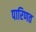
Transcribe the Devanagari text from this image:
पारिणत